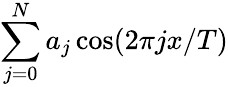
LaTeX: \sum_{j=0}^{N}a_{j}\cos(2\pi jx/T)